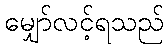
မျှော်လင့်ရသည်